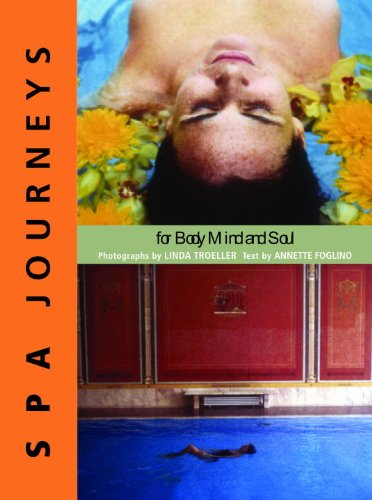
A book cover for Spa Journeys; Linda Troeller; Travel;